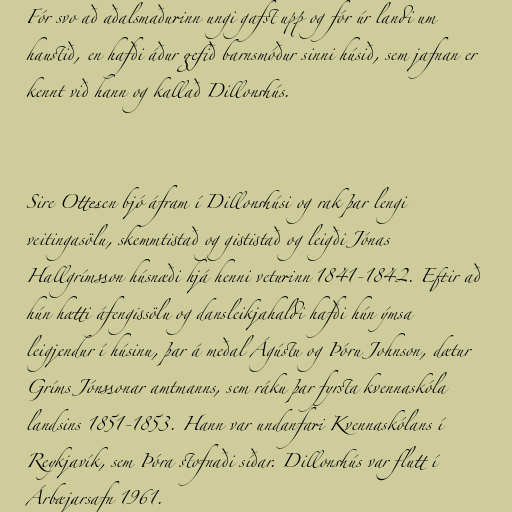
Fór svo að aðalsmaðurinn ungi gafst upp og fór úr landi um
haustið, en hafði áður gefið barnsmóður sinni húsið, sem jafnan er
kennt við hann og kallað Dillonshús.

Sire Ottesen bjó áfram í Dillonshúsi og rak þar lengi
veitingasölu, skemmtistað og gististað og leigði Jónas
Hallgrímsson húsnæði hjá henni veturinn 1841-1842. Eftir að
hún hætti áfengissölu og dansleikjahaldi hafði hún ýmsa
leigjendur í húsinu, þar á meðal Ágústu og Þóru Johnson, dætur
Gríms Jónssonar amtmanns, sem ráku þar fyrsta kvennaskóla
landsins 1851-1853. Hann var undanfari Kvennaskólans í
Reykjavík, sem Þóra stofnaði síðar. Dillonshús var flutt í
Árbæjarsafn 1961.